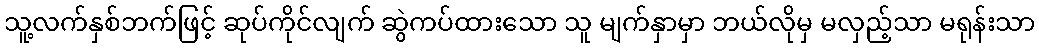
သူ့လက်နှစ်ဘက်ဖြင့် ဆုပ်ကိုင်လျက် ဆွဲကပ်ထားသော သူ မျက်နှာမှာ ဘယ်လိုမှ မလှည့်သာ မရုန်းသာ